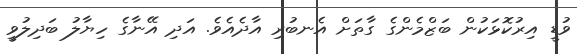
ވުޑީ އިރުކޮޅަކުން ބަޒްމެންގެ ގާތަށް އެނބުރި އާދެއެވެ. އަދި އޭނާގެ ހިޔާލު ބަދިލުވީ